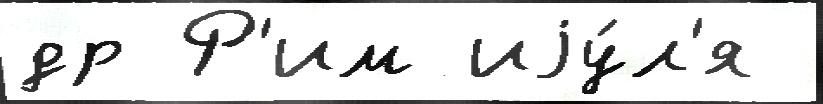
др Р'им иjу́л'я